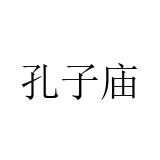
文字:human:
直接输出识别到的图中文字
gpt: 孔子庙